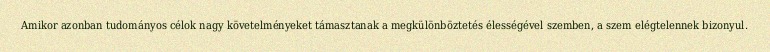
Amikor azonban tudományos célok nagy követelményeket támasztanak a megkülönböztetés élességével szemben, a szem elégtelennek bizonyul.